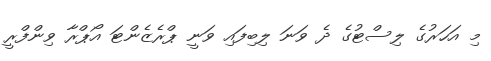
މި އަހަރުގެ ލިސްޓުގެ ދެ ވަނަ ލިބިފައި ވަނީ ޕްރެޒެންޓަ އޯޕްރާ ވިންފްރީ